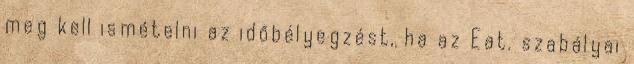
meg kell ismételni az időbélyegzést, ha az Eat. szabályai